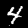
Digit: 4